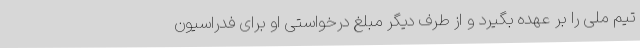
تیم ملی را بر عهده بگیرد و از طرف دیگر مبلغ درخواستی او برای فدراسیون